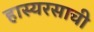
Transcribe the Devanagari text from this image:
हास्यरसाची